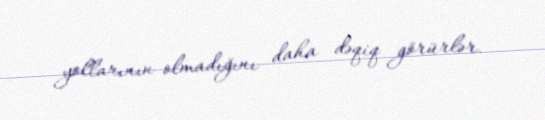
yollarının olmadığını daha dəqiq görürlər.